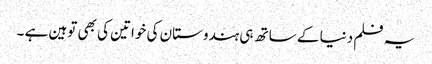
یہ فلم دنیا کے ساتھ ہی ہندوستان کی خواتین کی بھی توہین ہے ۔